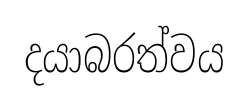
දයාබරත්වය